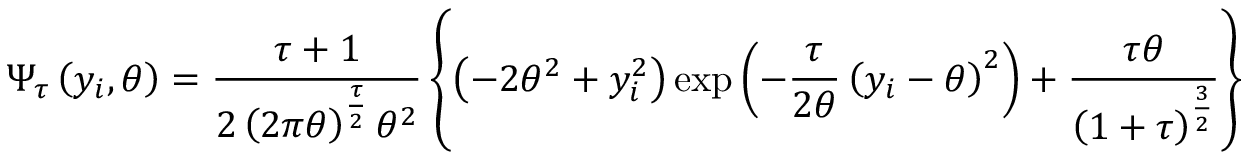
\Psi _ { \tau } \left( y _ { i } , \theta \right) = \frac { \tau + 1 } { 2 \left( 2 \pi \theta \right) ^ { \frac { \tau } { 2 } } \theta ^ { 2 } } \left\{ \left( - 2 \theta ^ { 2 } + y _ { i } ^ { 2 } \right) \exp \left( - \frac { \tau } { 2 \theta } \left( y _ { i } - \theta \right) ^ { 2 } \right) + \frac { \tau \theta } { \left( 1 + \tau \right) ^ { \frac { 3 } { 2 } } } \right\}